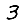
Digit: 3